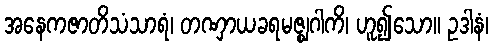
အနေကဇာတိသံသာရံ၊ တဏှာယခရမဇ္ဈဂါကိ၊ ဟူ၍သော။ ဥဒါနံ၊